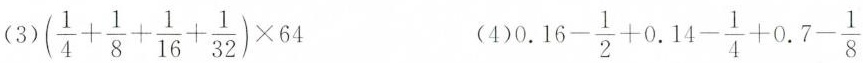
（3）$$( \frac { 1 } { 4 } + \frac { 1 } { 8 } + \frac { 1 } { 1 6 } + \frac { 1 } { 3 2 } ) \times 6 4$$ （4）$$0 . 1 6 - \frac { 1 } { 2 } + 0 . 1 4 - \frac { 1 } { 4 } + 0 . 7 - \frac { 1 } { 8 }$$